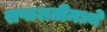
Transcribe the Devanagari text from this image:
सप्तशतीमध्ये